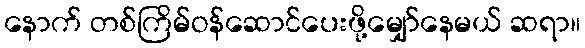
နောက် တစ်ကြိမ်ဝန်ဆောင်ပေးဖို့မျှော်နေမယ် ဆရာ။